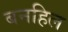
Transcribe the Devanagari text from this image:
बनहिल